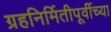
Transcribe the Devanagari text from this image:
ग्रहनिर्मितीपूर्वीच्या